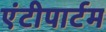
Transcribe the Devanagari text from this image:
एंटीपार्टम